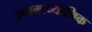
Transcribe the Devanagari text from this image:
उच्चमाध्यामिक